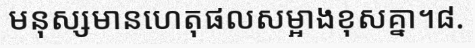
មនុស្សមានហេតុផលសម្អាងខុសគ្នា។៨.